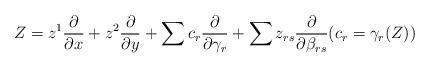
LaTeX: \begin{align*}Z=z^1\frac{\partial}{\partial x}+z^2\frac{\partial}{\partial y}+\sum c_r\frac{\partial}{\partial\gamma_r}+\sum z_{rs}\frac{\partial}{\partial\beta_{rs}}(c_r=\gamma_r(Z)) \end{align*}